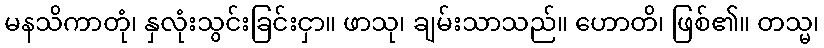
မနသိကာတုံ၊ နှလုံးသွင်းခြင်းငှာ။ ဖာသု၊ ချမ်းသာသည်။ ဟောတိ၊ ဖြစ်၏။ တသ္မ၊